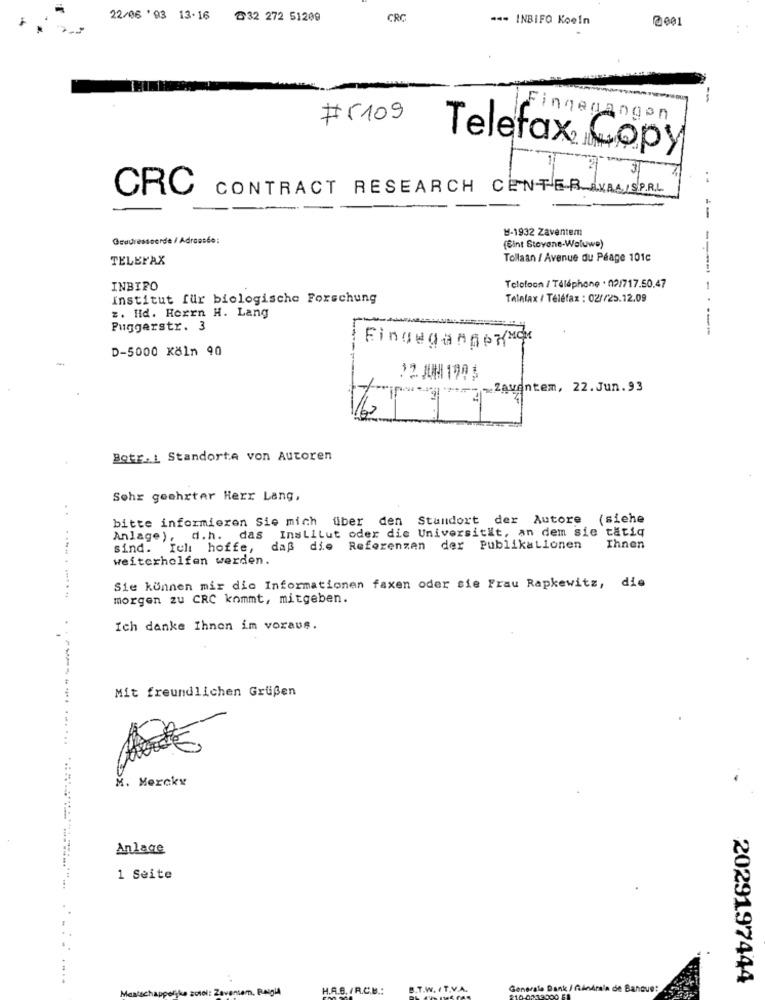
22/06 .03 13.16 432 272 51200
CRC
==- INBIFO Koeln
@001
--
#5109
Fingegangen
Telefax Copy
CRC
CONTRACT RESEARCH CENTER AURAISP.R.L
--
M-1932 Zaventem
Geadresseerde / Adraosde:
(Sint Stovane-Woluwe)
TELEFAX
Tollaan / Avenue du Péage 101c
INBIRO
Telefoon / Téléphone . 02/717.50.47
Institut für biologische Forschung
Talelax / Téléfax : 02//25.12.09
-----.
z. Hd. Herrn H. Lang
Puggerstr. 3
---
D-5000 Köln 90
EingegangenMax
-
*+2=Zaventem, 22. Jun.93
Botr.1 Standorte von Autoren
Sehr geehrter Herr Lang,
bitte informieren Sie mich über den Standort der Autore (siehe
Anlage), d.h. das Institut oder die Universität, an dem sie tatiq
sind. Ich hoffe,
daß die Referenzen der Publikationen
Ihnen
weiterhelfen werden.
Sie können mir die Informationen faxen oder sie Frau Rapkewitz, die
morgen zu CRC kommt, mitgeben.
Ich danke Ihnen im voraus.
Mit freundlichen Grußen
M. Mercky
Anlage
1 Seite
2029197444
chappefjke solol: Zaventem, Belgia
H.A.S. R.C.B .:
B.T.W. .
Gon
brala de